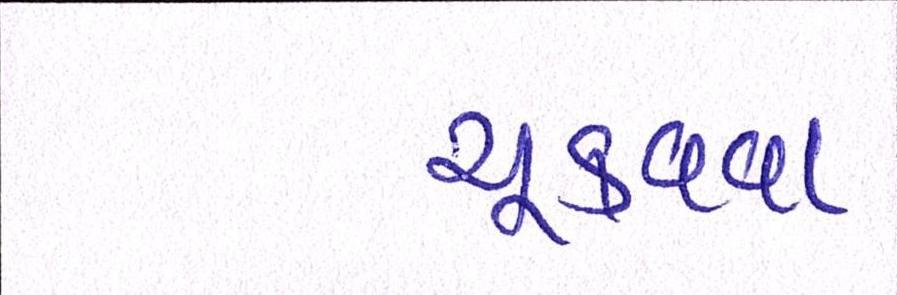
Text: ચૂકવવા